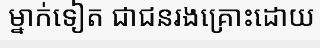
ម្នាក់ទៀត ជាជនរងគ្រោះដោយ